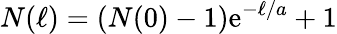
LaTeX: N(\ell)=(N(0)-1)\mathrm{e}^{-\ell/a}+1